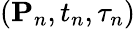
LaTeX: ({\mathbf P}_{n},t_{n},\tau_{n})